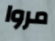
مروا